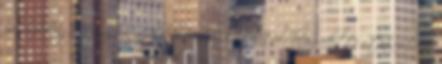
menekültügyi eljárásban az alábbi döntések hozhatók: befogadotti státusz, ami